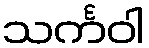
သင်္ကဝါ